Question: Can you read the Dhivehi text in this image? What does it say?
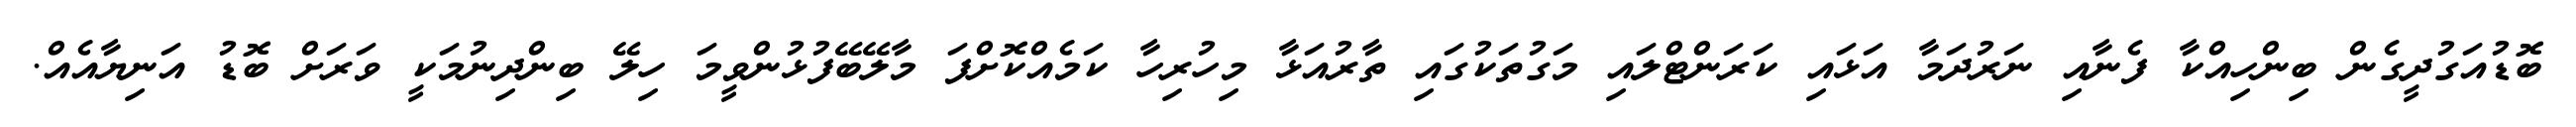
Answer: ބޮޑުއަގުދީގެން ބިންހިއްކާ ފެނާއި ނަރުދަމާ އަޅައި ކަރަންޓްލައި މަގުތަކުގައި ތާރުއަޅާ މިހުރިހާ ކަމެއްކޮށްފަ މާލޭބޭފުޅުންވީމަ ހިލޭ ބިންދިނުމަކީ ވަރަށް ބޮޑު އަނިޔާއެއް.